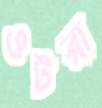
ওটরা